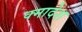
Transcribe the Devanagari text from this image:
क्मादेश